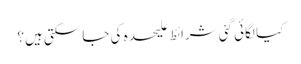
کیا لگائی گئی شرائط علیحدہ کی جا سکتی ہیں؟